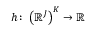
h \colon \left( \mathbb { R } ^ { J } \right) ^ { K } \to \mathbb { R }